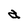
Character: a